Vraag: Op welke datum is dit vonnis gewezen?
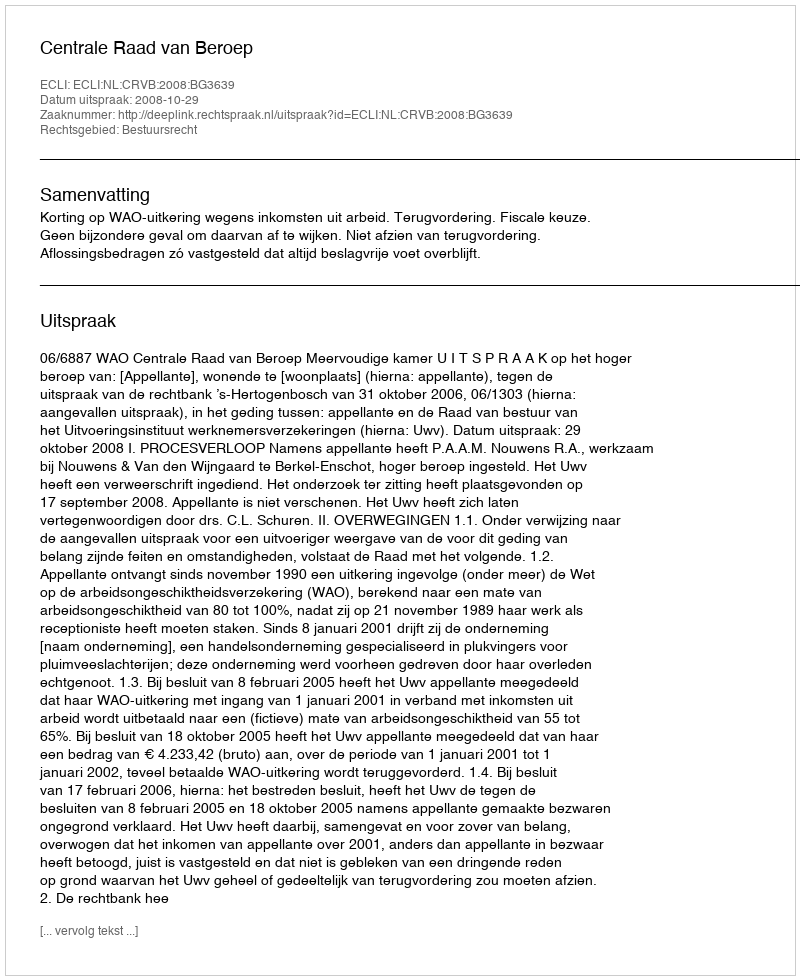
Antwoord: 2008-10-29